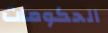
الحكومات